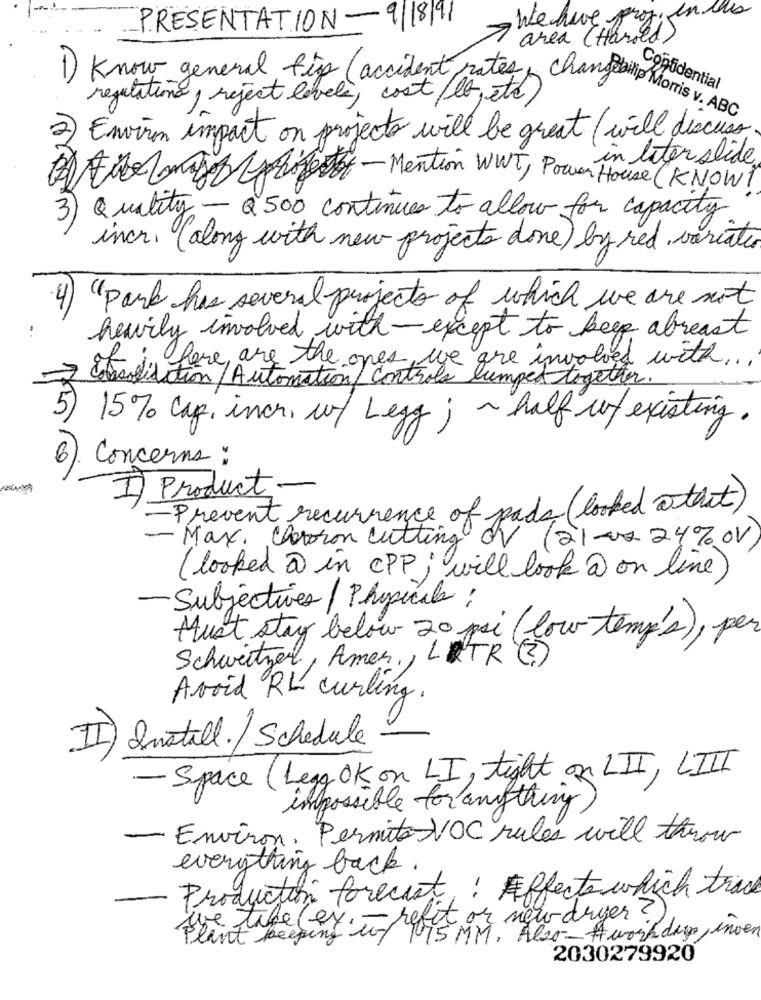
PRESENTATION-9/18/91
We have profi
area (Handed)
Confidential
1) Know general fiz (accident rates changeons Morris
regulations, reject levels, cost/lb,etc)
2) Environ impact on projects will be great (will discuss
in liter slide
2) Fuenmayor ( Bolest-Mention WWT, Power House (KNOW!
3) Quality - a500 continues to allow for capacity
incr. ( along with new projects done ) by red variaties
"park has several projects of which we are not
heavily involved with- except to keep abreast
of is fore, are the ones, we are involved with ...
7
asolidation / Automation controle lumped together.
5) 15% Cap, incr. w/ Legg ; ~ half of existing.
6) Concerns :
I) Product-
- Prevent recurrence of pads ( looked @ that)
- Max. Charron cutting or (2)-2 24%OV
( looked @ in CPP; will look @ on line)
- Subjectives / Physicale ;
Must stay below 20 psi (low temp's), per
Schweitzer, Amer ,, LITR (?)
Avoid RL curling.
II) Install./ Schedule
- Space (Legg OK on LI, tight on LII, LIII
impossible for anything)
-Environ. Permite VOC rules will throw
everything back.
Production forecast : Effects which track
fit or new dryer?)
lant keeping un 75 MM . Also - work dayp , inoen
2030279920